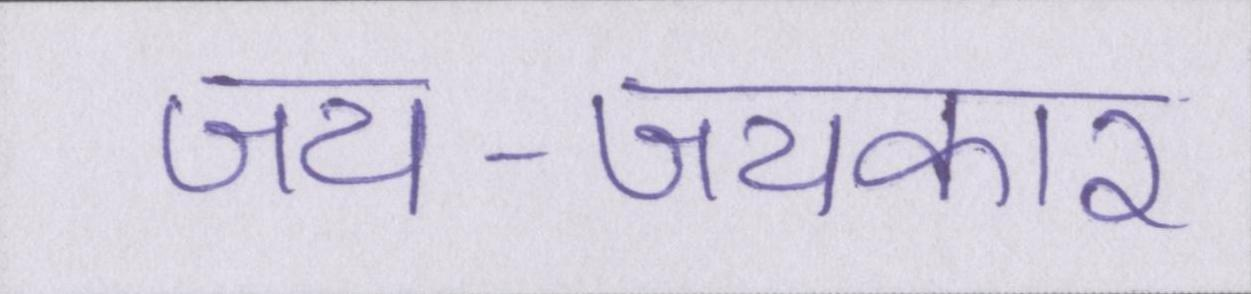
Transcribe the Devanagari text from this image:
जय-जयकार